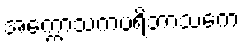
အက္ကောသကပရိဘာသကေ